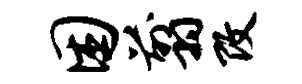
困翦改